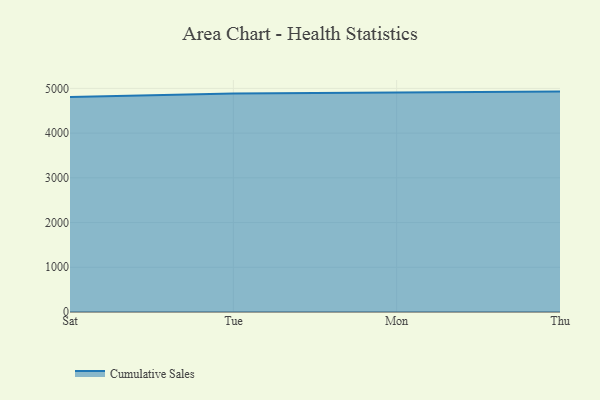
{"axis": {"x": "Day", "y": "Satisfaction Score"}, "legend": ["Cumulative Sales"], "data": [{"x": "Sat", "y": 4805.9, "type": "Cumulative Sales"}, {"x": "Tue", "y": 4884.8, "type": "Cumulative Sales"}, {"x": "Mon", "y": 4906.5, "type": "Cumulative Sales"}, {"x": "Thu", "y": 4928.2, "type": "Cumulative Sales"}]}